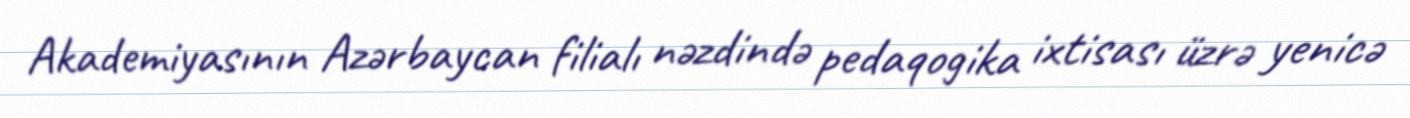
Akademiyasının Azərbaycan filialı nəzdində pedaqogika ixtisası üzrə yenicə